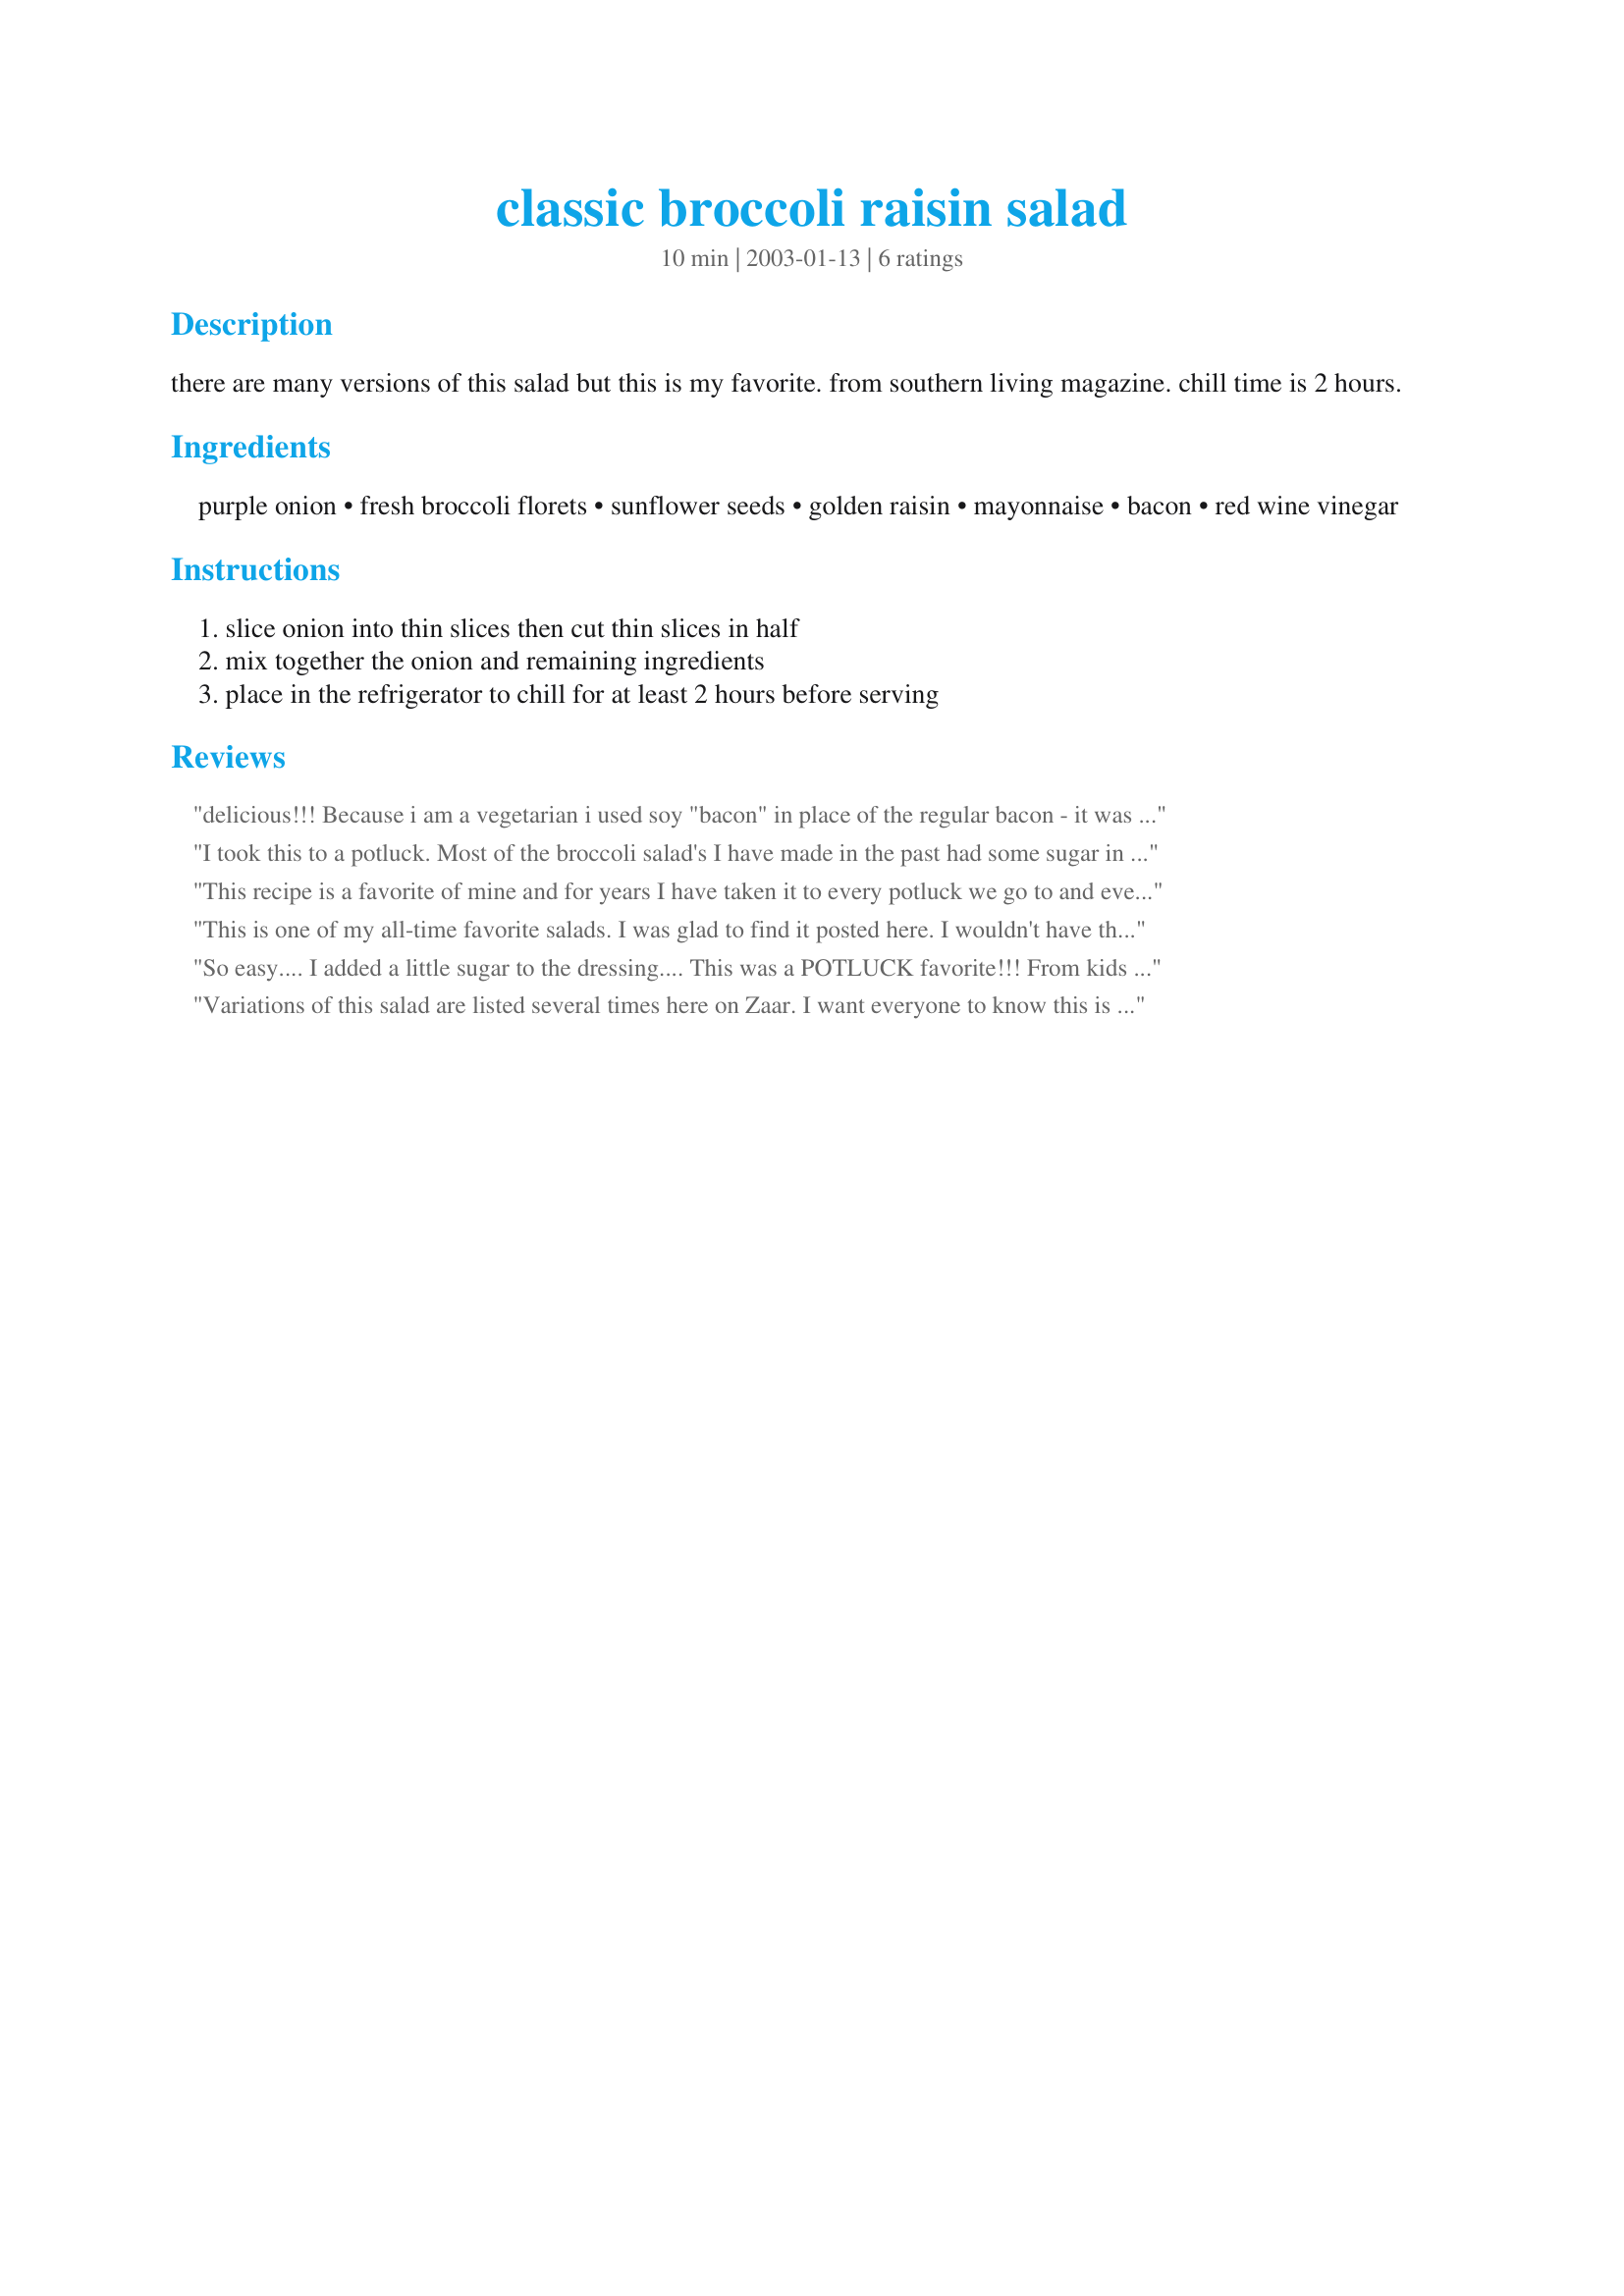
classic broccoli raisin salad
Preparation time: 10 minutes

there are many versions of this salad but this is my favorite. from southern living magazine. chill time is 2 hours.

Ingredients:
purple onion, fresh broccoli florets, sunflower seeds, golden raisin, mayonnaise, bacon, red wine vinegar

Steps:
slice onion into thin slices then cut thin slices in half, mix together the onion and remaining ingredients, place in the refrigerator to chill for at least 2 hours before serving

Reviews:
delicious!!! Because i am a vegetarian i used soy "bacon" in place of the regular bacon - it was great. I also used both golden and regular raisins just for a bit of visual appeal. 

great recipe.
I took this to a potluck. Most of the broccoli salad's I have made in the past had some sugar in them, so was worried about leaving that out with all the onions, but it was excellent just as written. Everyone loved it and there were no leftovers to take home. Thanks!
This recipe is a favorite of mine and for years I have taken it to every potluck we go to and everyone loves it...never any left. I toast the sunflower seeds first before adding them and add a little sugar to mayo. I have had others report to me that they use salad drrsg. and that it is better with the real mayo.
This is one of my all-time favorite salads. I was glad to find it posted here. I wouldn't have thought these ingredients would go well together but they do. I think the flavor is outstanding and really like the crunchy texture. I make this at least twice a month.
So easy.... I added a little sugar to the dressing.... This was a POTLUCK favorite!!! From kids to Adults!!!!
Variations of this salad are listed several times here on Zaar. I want everyone to know this is delicious. Wanted to post it myself, but I think it is taken care of.
